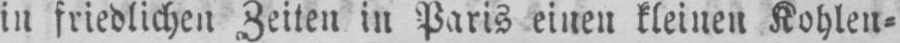
in friedlichen Zeiten in Paris einen kleinen Kohlen⸗